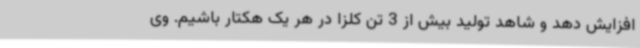
افزایش دهد و شاهد تولید بیش از 3 تن کلزا در هر یک هکتار باشیم. وی